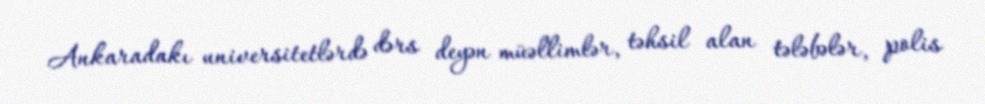
Ankaradakı universitetlərdə dərs deyən müəllimlər, təhsil alan tələbələr, polis